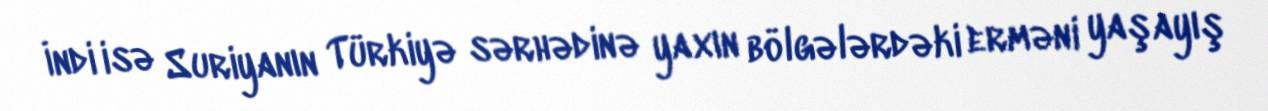
İndi isə Suriyanın Türkiyə sərhədinə yaxın bölgələrdəki erməni yaşayış